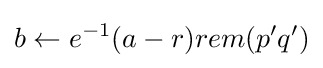
b\leftarrow e^{-1}(a-r)rem(p'q')